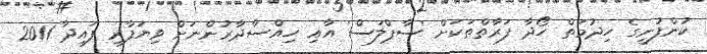
ކުންފުނީގެ ހިދުމަތް ހޯދާ ފަރާތްތަކަށް 'ސާޕްލަސް' އާއި ހިއްސާދާރުންނަށް ވިޔަފާރި ފައިދާ 2011